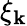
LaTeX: \xi_{\mathbf{k}}